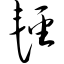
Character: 轻